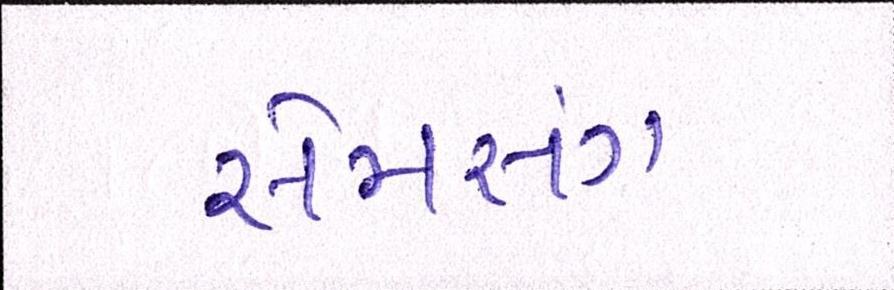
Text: સેમસંમ